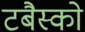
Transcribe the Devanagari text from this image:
टबैस्को